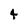
Character: 4